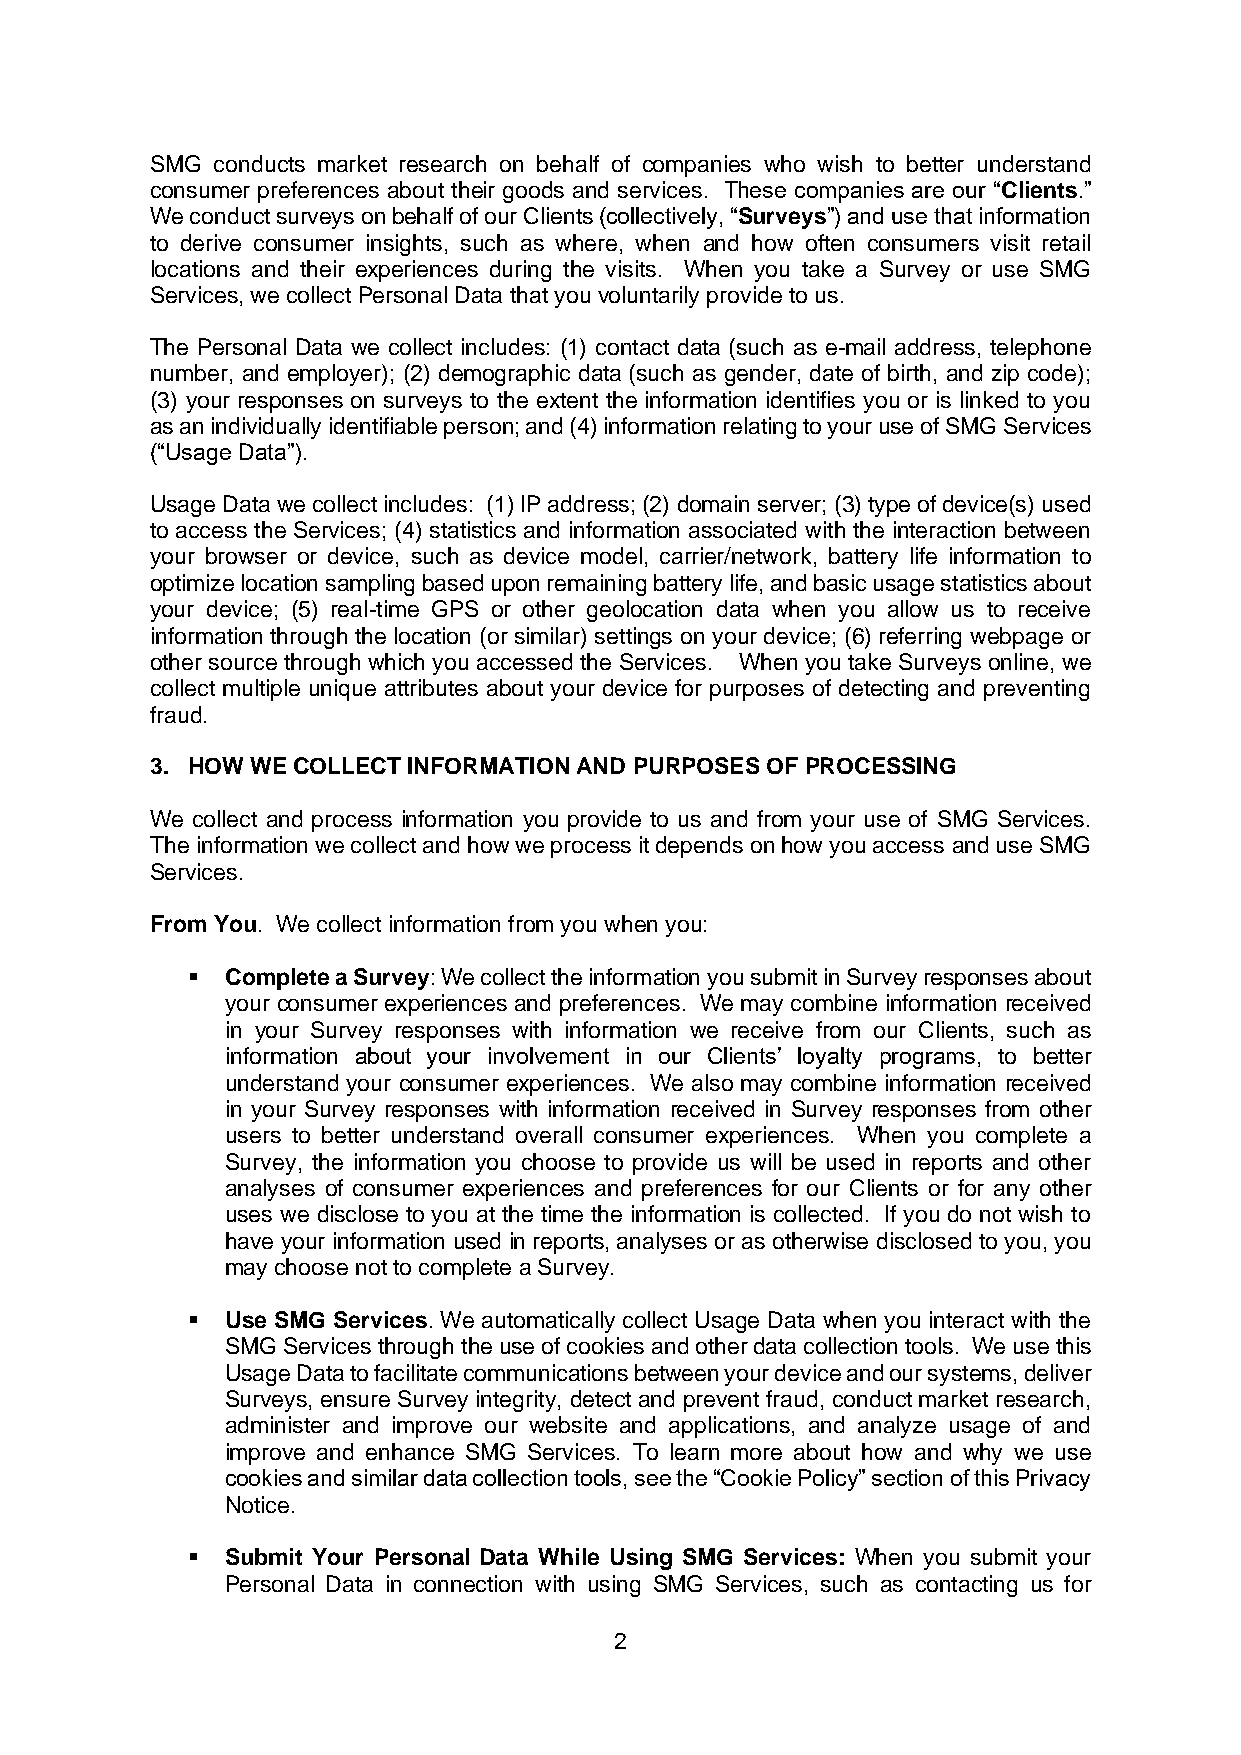
SMG conducts market research on behalf of companies who wish to better understand
 consumer preferences about their goods and services. These companies are our “Clients.”
 We conduct surveys on behalf of our Clients (collectively, “Surveys”) and use that information
 to derive consumer insights, such as where, when and how often consumers visit retail
 locations and their experiences during the visits. When you take a Survey or use SMG
 Services, we collect Personal Data that you voluntarily provide to us.
 The Personal Data we collect includes: (1) contact data (such as e-mail address, telephone
 number, and employer); (2) demographic data (such as gender, date of birth, and zip code);
 (3) your responses on surveys to the extent the information identifies you or is linked to you
 as an individually identifiable person; and (4) information relating to your use of SMG Services
 (“Usage Data”).
 Usage Data we collect includes: (1) IP address; (2) domain server; (3) type of device(s) used
 to access the Services; (4) statistics and information associated with the interaction between
 your browser or device, such as device model, carrier/network, battery life information to
 optimize location sampling based upon remaining battery life, and basic usage statistics about
 your device; (5) real-time GPS or other geolocation data when you allow us to receive
 information through the location (or similar) settings on your device; (6) referring webpage or
 other source through which you accessed the Services. When you take Surveys online, we
 collect multiple unique attributes about your device for purposes of detecting and preventing
 fraud.
 3. HOW WE COLLECT INFORMATION AND PURPOSES OF PROCESSING
 We collect and process information you provide to us and from your use of SMG Services.
 The information we collect and how we process it depends on how you access and use SMG
 Services.
 From You. We collect information from you when you:
 ▪  Complete a Survey: We collect the information you submit in Survey responses about
 your consumer experiences and preferences. We may combine information received
 in your Survey responses with information we receive from our Clients, such as
 information about your involvement in our Clients’ loyalty programs, to better
 understand your consumer experiences. We also may combine information received
 in your Survey responses with information received in Survey responses from other
 users to better understand overall consumer experiences. When you complete a
 Survey, the information you choose to provide us will be used in reports and other
 analyses of consumer experiences and preferences for our Clients or for any other
 uses we disclose to you at the time the information is collected. If you do not wish to
 have your information used in reports, analyses or as otherwise disclosed to you, you
 may choose not to complete a Survey.
 ▪  Use SMG Services. We automatically collect Usage Data when you interact with the
 SMG Services through the use of cookies and other data collection tools. We use this
 Usage Data to facilitate communications between your device and our systems, deliver
 Surveys, ensure Survey integrity, detect and prevent fraud, conduct market research,
 administer and improve our website and applications, and analyze usage of and
 improve and enhance SMG Services. To learn more about how and why we use
 cookies and similar data collection tools, see the “Cookie Policy” section of this Privacy
 Notice.
 ▪  Submit Your Personal Data While Using SMG Services: When you submit your
 Personal Data in connection with using SMG Services, such as contacting us for
 2